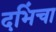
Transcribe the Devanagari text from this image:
दभिंचा